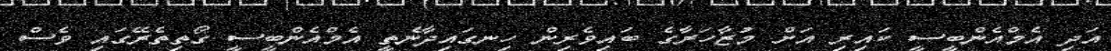
އަދި އެމްއެންބީސީ ކައިރި އަށް މުޒާހަރާގެ ބައިވެރިން ހިނގައިދާނެތީ އެމްއެންބީސީ ގޯތިތެރޭގައި ވެސް